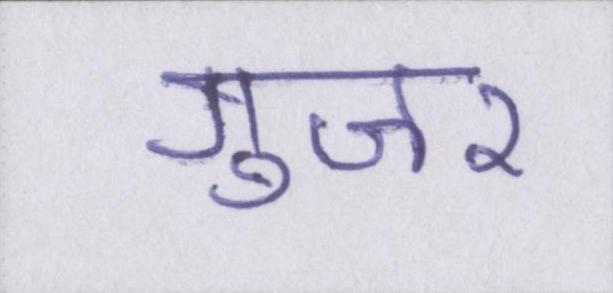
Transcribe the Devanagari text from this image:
गुजर